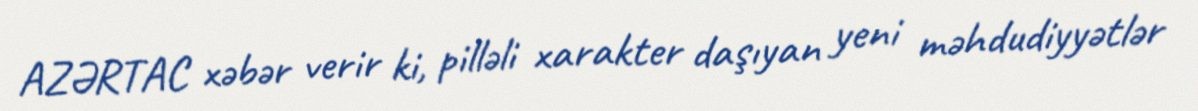
AZƏRTAC xəbər verir ki, pilləli xarakter daşıyan yeni məhdudiyyətlər